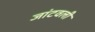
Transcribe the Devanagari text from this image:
जांटवली